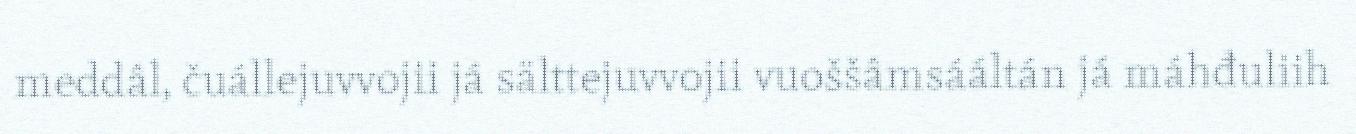
meddâl, čuállejuvvojii já sälttejuvvojii vuoššâmsááltán já máhđuliih